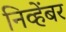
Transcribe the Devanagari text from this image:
निव्हेंबर